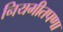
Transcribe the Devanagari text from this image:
नियमीतपणा